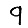
Digit: 9